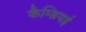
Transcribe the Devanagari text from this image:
कैम्ब्रियई